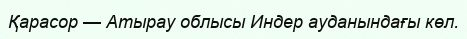
Қарасор — Атырау облысы Индер ауданындағы көл.